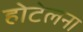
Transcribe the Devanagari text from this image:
होटेलना